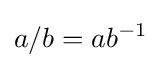
a/b=ab^{-1}